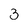
Character: 3